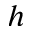
^ h